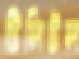
টিলিটল